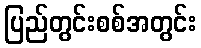
ပြည်တွင်းစစ်အတွင်း